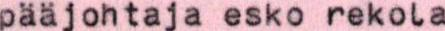
pääjohtaja esko rekola